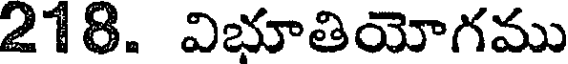
218. విభూతియోగము